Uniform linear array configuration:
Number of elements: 24
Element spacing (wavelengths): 0.5
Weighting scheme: hann
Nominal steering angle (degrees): -30
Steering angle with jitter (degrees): -30.951
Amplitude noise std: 0.05
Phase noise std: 0.05

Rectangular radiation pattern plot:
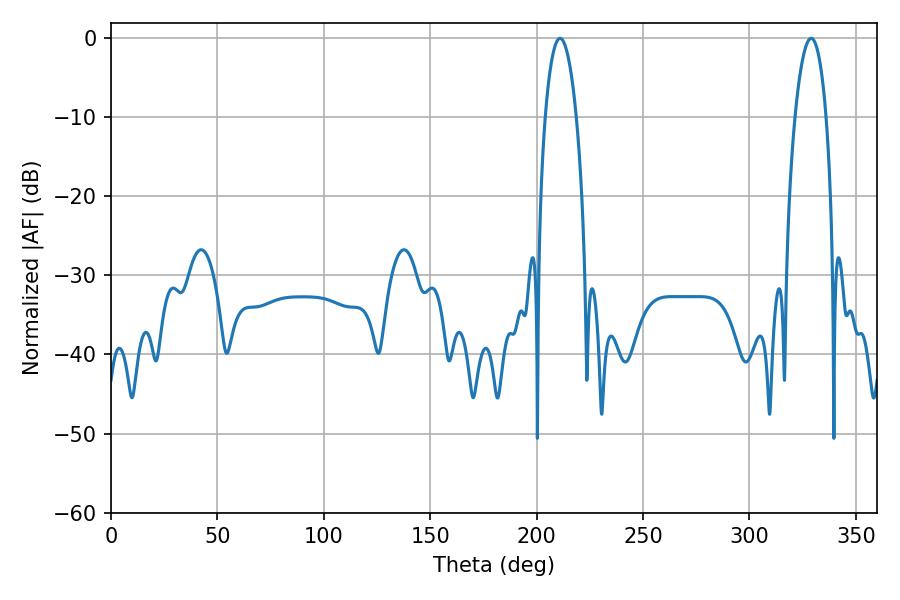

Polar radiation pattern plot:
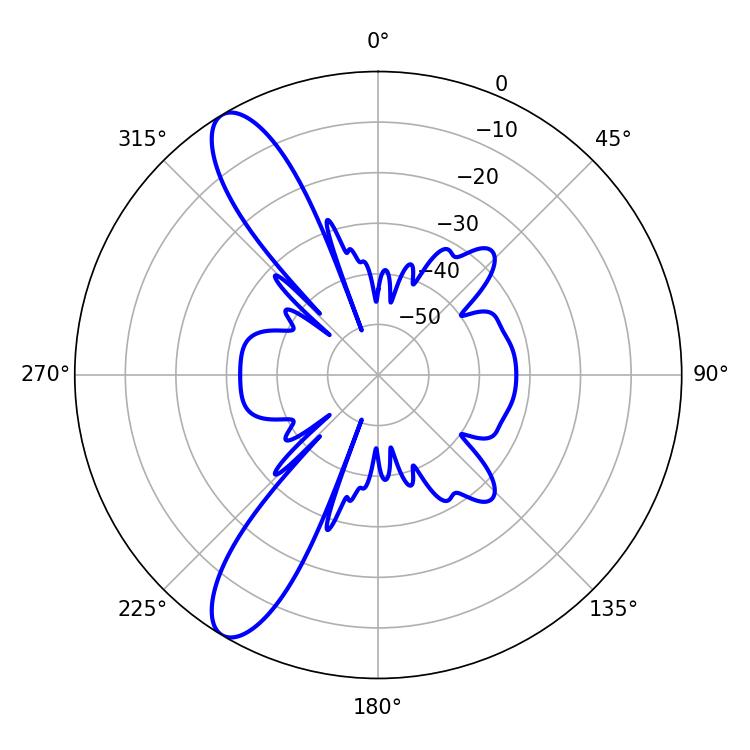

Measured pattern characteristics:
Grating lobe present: FALSE
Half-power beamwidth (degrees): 8.1
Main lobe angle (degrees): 210.96